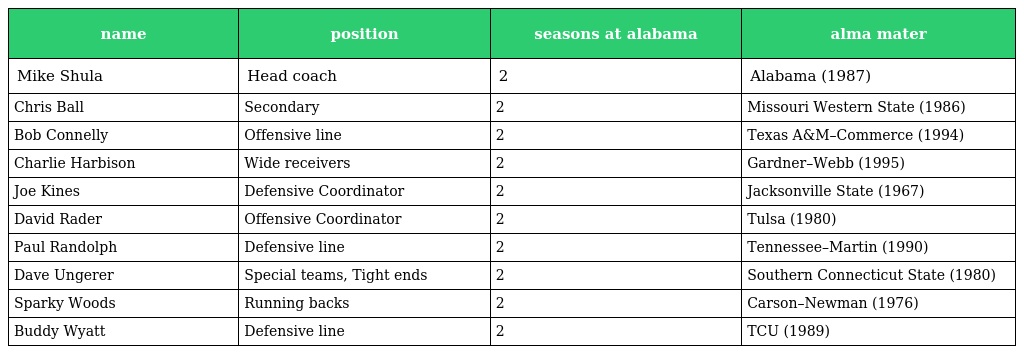
| name | position | seasons at alabama | alma mater |
 | --- | --- | --- | --- |
 | Mike Shula | Head coach | 2 | Alabama (1987) |
 | Chris Ball | Secondary | 2 | Missouri Western State (1986) |
 | Bob Connelly | Offensive line | 2 | Texas A&M–Commerce (1994) |
 | Charlie Harbison | Wide receivers | 2 | Gardner–Webb (1995) |
 | Joe Kines | Defensive Coordinator | 2 | Jacksonville State (1967) |
 | David Rader | Offensive Coordinator | 2 | Tulsa (1980) |
 | Paul Randolph | Defensive line | 2 | Tennessee–Martin (1990) |
 | Dave Ungerer | Special teams, Tight ends | 2 | Southern Connecticut State (1980) |
 | Sparky Woods | Running backs | 2 | Carson–Newman (1976) |
 | Buddy Wyatt | Defensive line | 2 | TCU (1989) |